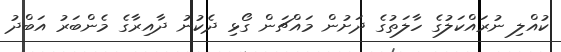
ކުއްލި ނުރައްކަލުގެ ހާލަތުގެ ދަށުން މައްޗަން ގޯޅި ދެކުނު ދާއިރާގެ މެންބަރު އަބްދު